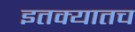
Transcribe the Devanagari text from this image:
इतक्यातच